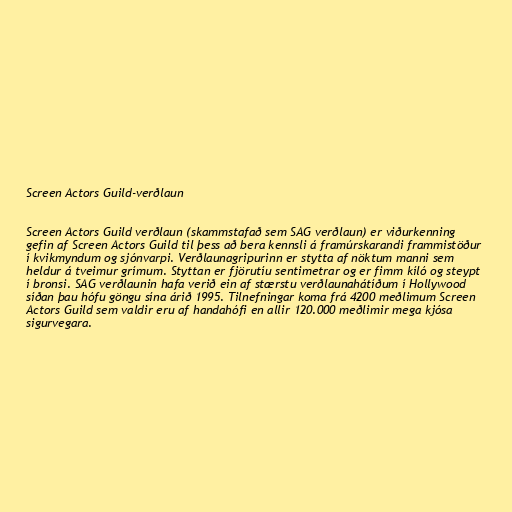
Screen Actors Guild-verðlaun

Screen Actors Guild verðlaun (skammstafað sem SAG verðlaun) er viðurkenning
gefin af Screen Actors Guild til þess að bera kennsli á framúrskarandi frammistöður
í kvikmyndum og sjónvarpi. Verðlaunagripurinn er stytta af nöktum manni sem
heldur á tveimur grímum. Styttan er fjörutíu sentimetrar og er fimm kíló og steypt
í bronsi. SAG verðlaunin hafa verið ein af stærstu verðlaunahátíðum í Hollywood
síðan þau hófu göngu sína árið 1995. Tilnefningar koma frá 4200 meðlimum Screen
Actors Guild sem valdir eru af handahófi en allir 120.000 meðlimir mega kjósa
sigurvegara.